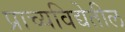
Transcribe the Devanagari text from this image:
प्राच्यविद्येतील